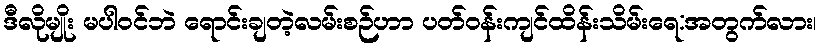
ဒီလိုမျိုး မပါဝင်ဘဲ ရောင်းချတဲ့လမ်းစဉ်ဟာ ပတ်ဝန်းကျင်ထိန်းသိမ်းရေ:အတွက်လား၊